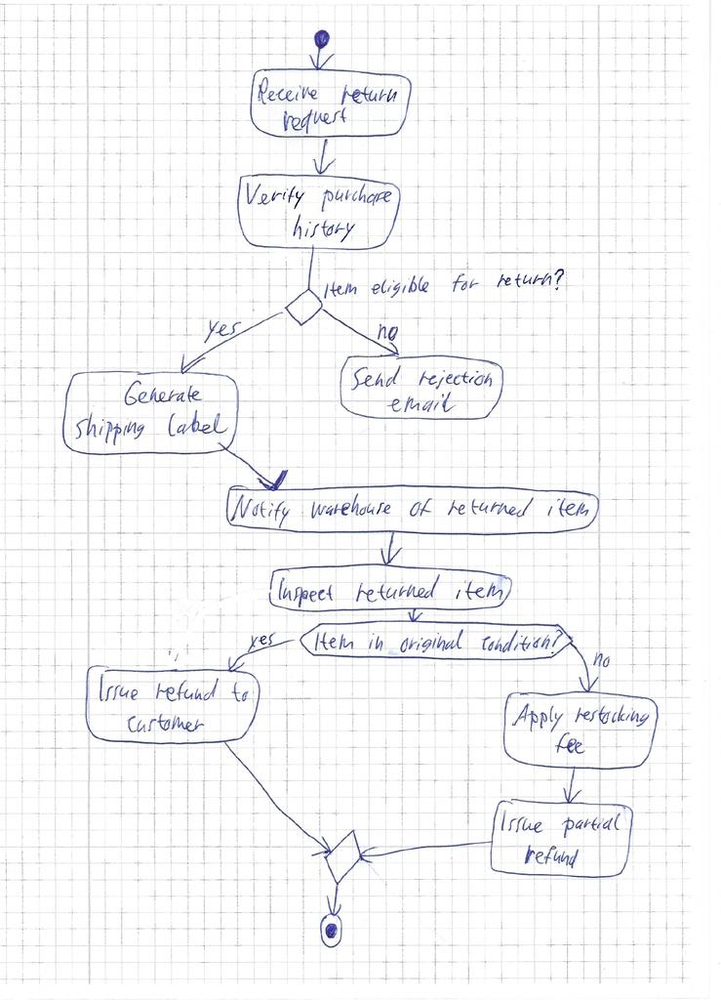
Diagram type: activity_diagram
```plantuml
@startuml

start

:Receive return request;
:Verify purchase history;

if (Item eligible for return?) then (yes)
  :Generate shipping label;
  :Notify warehouse of returned item;
else (no)
  :Send rejection email;
  detach
endif

:Inspect returned item;

if (Item in original condition?) then (yes)
  :Issue refund to customer;
else (no)
  :Apply restocking fee;
  :Issue partial refund;
endif

stop

@enduml
```